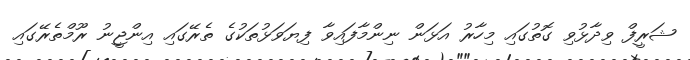
ޝަރީފް ވިދާޅުވި ގޮތުގައި މިހާރު އަޅަން ނިންމާފައިވާ ފިޔަވަޅުތަކުގެ ތެރޭގައި އިންޖީނު ރޫމްތެރޭގައި